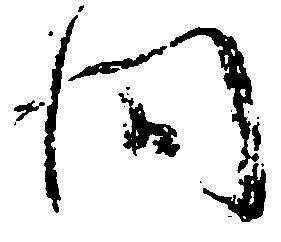
間